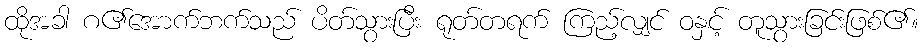
ထိုအခါ ဂ၏အောက်ဘက်သည် ပိတ်သွားပြီး ရုတ်တရက် ကြည့်လျှင် ဝနှင့် တူသွားခြင်းဖြစ်၏။